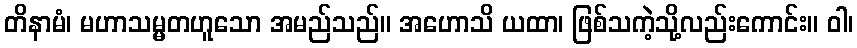
တိနာမံ၊ မဟာသမ္မတဟူသော အမည်သည်။ အဟောသိ ယထာ၊ ဖြစ်သကဲ့သို့လည်းကောင်း။ ဝါ၊